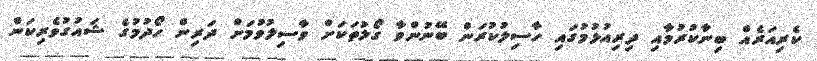
ކެރިއަރެއް ބިނާކުރުމާއި ދިރިއުޅުމުގައި ހާސިލުކުރަން ބޭނުންވާ ގޯލުތަކަށް ވާސިލުވުމަށް ދަރިން ހޯދުމުގެ ޝައުގުވެރިކަން